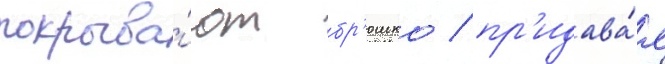
покрыва́ют бр'юшко / пр'идава́я